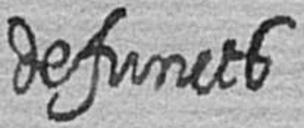
defuncts